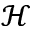
\mathcal { H }